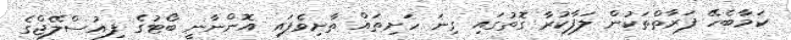
ކަމާބެހޭ ފަރާތްތަކުން ލަފާކުރާ ގޮތުގައި ގިނަ ހަށިތައް ތާށިވެފައި އޮންނާނީ ބޯޓުގެ ފިއުސްލޭޖްގެ